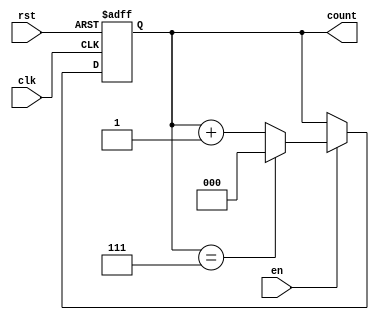
module modulus_counter #(
    parameter N = 8  // Default modulus value, change as needed.
)(
    input wire clk,      // Clock input
    input wire rst,      // Asynchronous reset
    input wire en,       // Enable input
    output reg [$clog2(N)-1:0] count // Count output
);

// Asynchronous reset and counting logic
always @(posedge clk or posedge rst) begin
    if (rst) begin
        count <= 0; // Reset count to 0
    end else if (en) begin
        if (count == (N-1)) begin
            count <= 0; // Reset to 0 when reaching modulus
        end else begin
            count <= count + 1; // Increment count
        end
    end
end

endmodule